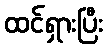
ထင်ရှားပြီး